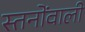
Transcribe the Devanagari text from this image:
स्तनोंवाली